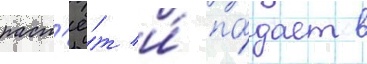
раст'ё́т и́ па́дает в